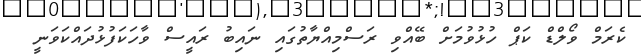
ކެރަމް ވޯލްޑް ކަޕް ހުޅުވުމަށް ބޭއްވި ރަސްމިއްޔާތުގައި ނައިބު ރައީސް ވާހަކަފުޅުދައްކަވަނީ